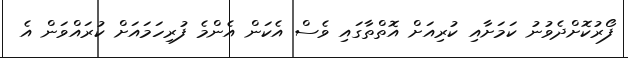
ފޯރުކޮށްދެވުނު ކަމަށާއި ކުރިއަށް އޮތްތާގައި ވެސް އެކަން އެންމެ ފުރިހަމައަށް ކުރައްވަން އެ